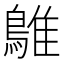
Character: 鵻